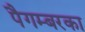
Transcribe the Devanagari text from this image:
पैगम्बरका